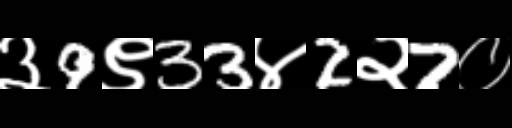
Text: ३9९33४2२7०